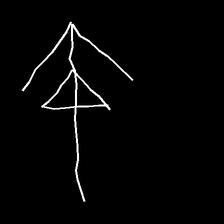
Glyph: pull